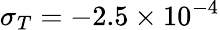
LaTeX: \sigma_{{T}}=-2.5\times 10^{-4}